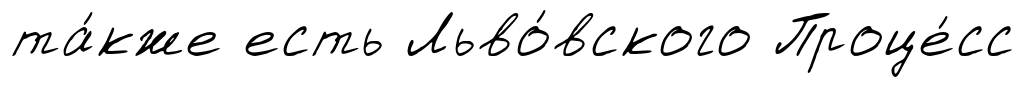
та́кже есть Льво́вского Проце́сс